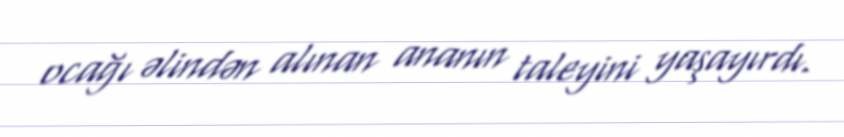
ocağı əlindən alınan ananın taleyini yaşayırdı.